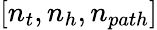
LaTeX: [n_{t},n_{h},n_{path}]